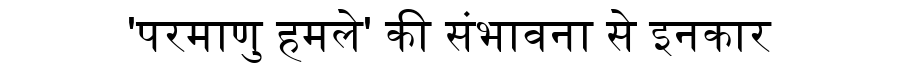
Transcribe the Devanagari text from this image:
'परमाणु हमले' की संभावना से इनकार